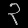
Digit: ၃